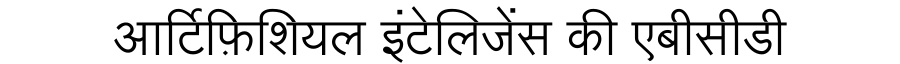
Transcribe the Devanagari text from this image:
आर्टिफ़िशियल इंटेलिजेंस की एबीसीडी